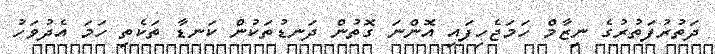
ދަތުރުފަތުރުގެ ނިޒާމް ހަމަޖެހިފައި އޮންނަ ގޮތުން ދަނޑުތަކުން ކަނޑާ ތަކެތި ހަމަ އެދުވަހު